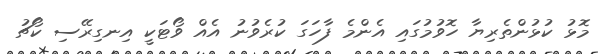
މޮޅު ކުޅުންތެރިޔާ ހޮވުމުގައި އެންމެ ފާހަގަ ކުރެވުނު އެއް ވޯޓަކީ އިނގިރޭސި ކޯޗު